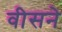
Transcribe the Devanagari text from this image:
वीसने